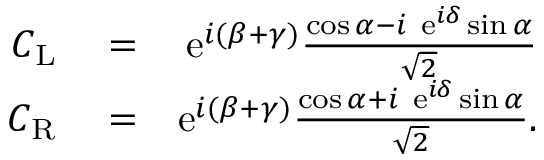
\begin{array} { r l r } { C _ { \mathrm { L } } } & { { } = } & { \mathrm { e } ^ { i ( \beta + \gamma ) } \frac { \cos \alpha - i \ \mathrm { e } ^ { i \delta } \sin \alpha } { \sqrt { 2 } } } \\ { C _ { \mathrm { R } } } & { { } = } & { \mathrm { e } ^ { i ( \beta + \gamma ) } \frac { \cos \alpha + i \ \mathrm { e } ^ { i \delta } \sin \alpha } { \sqrt { 2 } } . } \end{array}